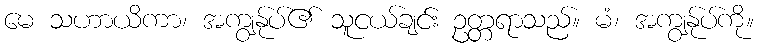
မေ သဟာယိကာ၊ အကျွန်ုပ်၏ သူငယ်ချင်း ဥတ္တရာသည်။ မံ၊ အကျွန်ုပ်ကို။